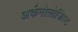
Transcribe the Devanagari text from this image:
अर्कनोलोजिस्ट